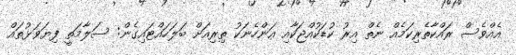
އެއްވެސް ރައްކާތެރިކަމެއް ނެތް އިރު ކުޑަކުއްޖަކާއި އަންހެނަކު ތިރިއަށް ބަލަހައްޓައިގެން: ސަލާމަތީ ފިޔަވަޅުތައް